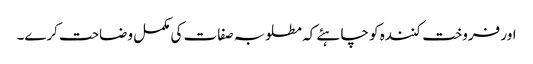
اور فروخت کنندہ کو چاہئے کہ مطلوبہ صفات کی مکمل وضاحت کرے۔